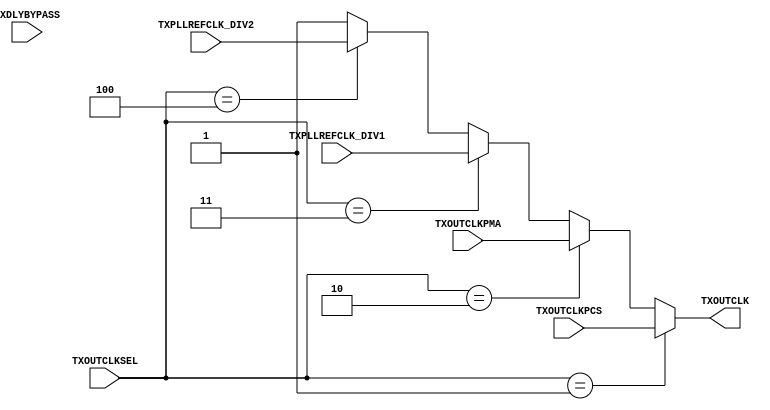
/*******************************************************************************
 * Module: gtxe2_chnl_cpll_outmux
 * Description: non-sinthesizable clock multiplexer, used in clocking scheme
 *
 * Copyright (c) 2015 Elphel, Inc.
 * gtxe2_chnl_cpll_outmux.v is free software; you can redistribute it and/or modify
 * it under the terms of the GNU General Public License as published by
 * the Free Software Foundation, either version 3 of the License, or
 * (at your option) any later version.
 *
 * gtxe2_chnl_cpll_outmux.v file is distributed in the hope that it will be useful,
 * but WITHOUT ANY WARRANTY; without even the implied warranty of
 * MERCHANTABILITY or FITNESS FOR A PARTICULAR PURPOSE.  See the
 * GNU General Public License for more details.
 *
 * You should have received a copy of the GNU General Public License
 * along with this program.  If not, see <http://www.gnu.org/licenses/> .
 *******************************************************************************/
module gtxe2_chnl_outclk_mux(
    input   wire            TXPLLREFCLK_DIV1,
    input   wire            TXPLLREFCLK_DIV2,
    input   wire            TXOUTCLKPMA,
    input   wire            TXOUTCLKPCS,
    input   wire    [2:0]   TXOUTCLKSEL,
    input   wire            TXDLYBYPASS,
    output  wire            TXOUTCLK
);

assign  TXOUTCLK    = TXOUTCLKSEL == 3'b001 ? TXOUTCLKPCS                       
                    : TXOUTCLKSEL == 3'b010 ? TXOUTCLKPMA                      
                    : TXOUTCLKSEL == 3'b011 ? TXPLLREFCLK_DIV1                           
                    : TXOUTCLKSEL == 3'b100 ? TXPLLREFCLK_DIV2
                    : /* 3'b000 */            1'b1; 
endmodule